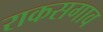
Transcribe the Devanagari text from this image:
राकसगाव